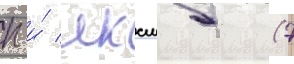
п и́ лксмб (7